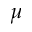
\mu